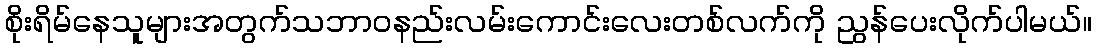
စိုးရိမ်နေသူများအတွက်သဘာဝနည်းလမ်းကောင်းလေးတစ်လက်ကို ညွန်ပေးလိုက်ပါမယ်။